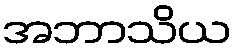
အဘာသိယ